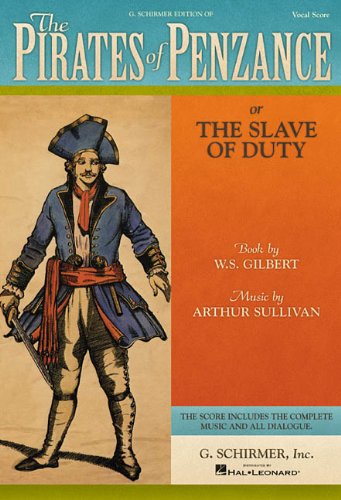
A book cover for The Pirates of Penzance: or The Slave of Duty Vocal Score; Humor & Entertainment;